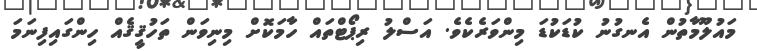
މައުލޫމާތުން އެނގުނު ކުޑަކުޑަ މިންވަރެކެވެ. އަސްލު ރިޕޯޓްތައް ހާމަކޮށް މިނިވަން ތަހުޤީޤެއް ހިންގައިފިނަމަ